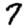
Digit: 7